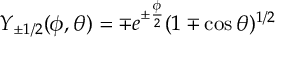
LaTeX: Y _ { \pm 1 / 2 } ( \phi , \theta ) = \mp e ^ { \pm \frac { \phi } { 2 } } ( 1 \mp \cos \theta ) ^ { 1 / 2 }